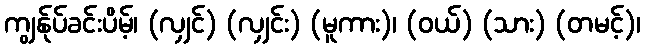
ကျွန်ုပ်ခင်းပိမ့်၊ (လျှင်) (လျှင်း) (မူကား)၊ (ဝယ်) (သား) (တမင့်)၊